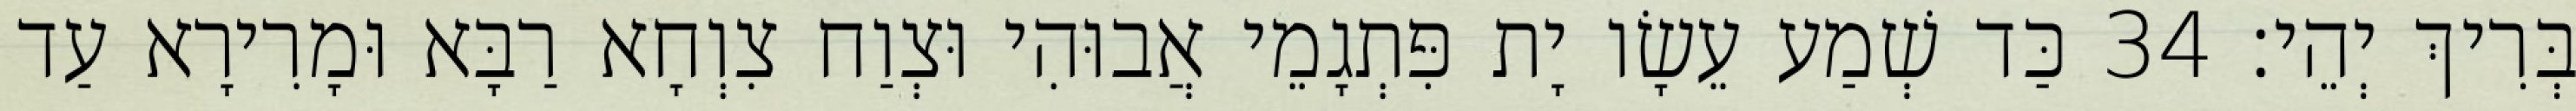
בְּרִיךְ יְהֵי׃ 34 כַּד שְׁמַע עֵשָׂו יָת פִּתְגָמֵי אֲבוּהִי וּצְוַח צִוְחָא רַבָּא וּמָרִירָא עַד